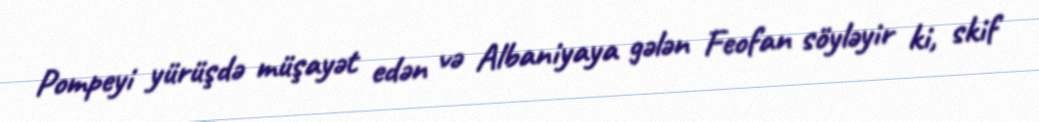
Pompeyi yürüşdə müşayət edən və Albaniyaya gələn Feofan söyləyir ki, skif